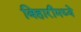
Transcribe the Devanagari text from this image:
बिहारीमध्ये